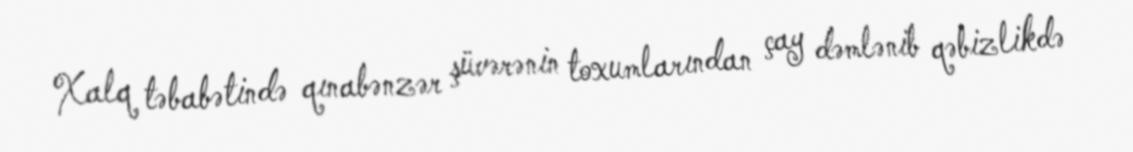
Xalq təbabətində qınabənzər şüvərənin toxumlarından çay dəmlənib qəbizlikdə